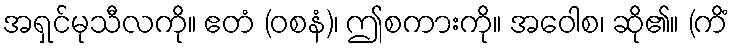
အရှင်မုသီလကို။ ဧတံ (ဝစနံ)၊ ဤစကားကို။ အဝေါစ၊ ဆို၏။ (ကိံ